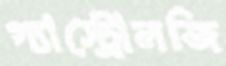
গ্যাস্ট্রোলজি